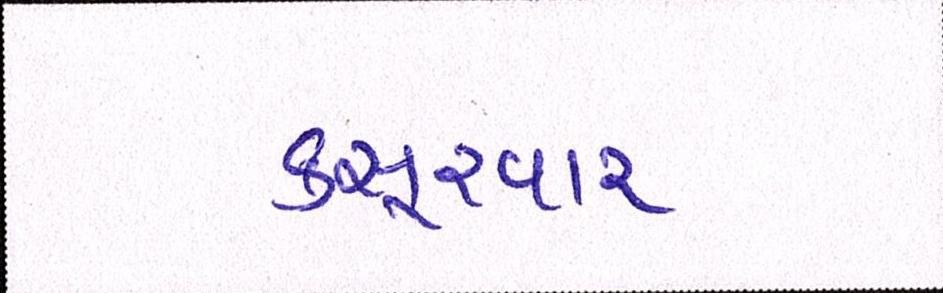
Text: કસૂરવાર